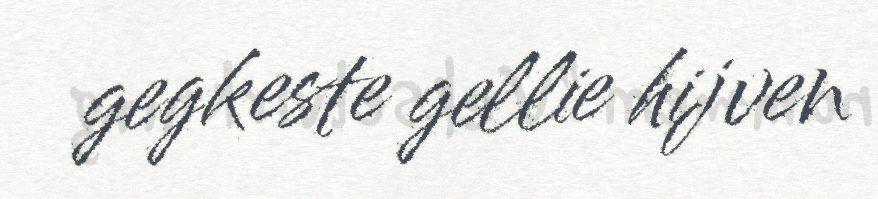
gegkeste gellie hijven